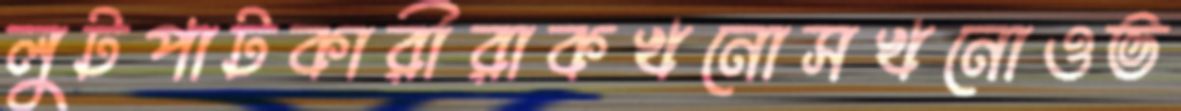
লুটপাটকারীরাকখনোসখনোওভ